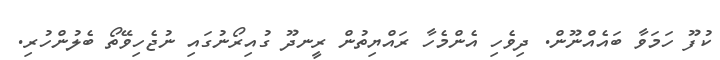
ކުފޫ ހަމަވާ ބައެއްނޫން. ދިވެހި އެންމެހާ ރައްޔިތުން ރީނދޫ ގުއިރޯނުގައި ނުޖެހިވޭތޯ ބެލުންހުރި.